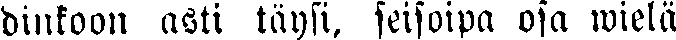
dinkoon asti täysi, seisoipa osa wielä